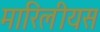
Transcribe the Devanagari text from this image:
मारिलीयस